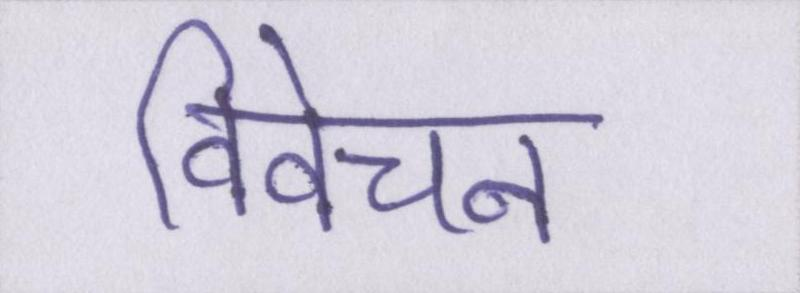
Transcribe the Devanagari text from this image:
विवेचन